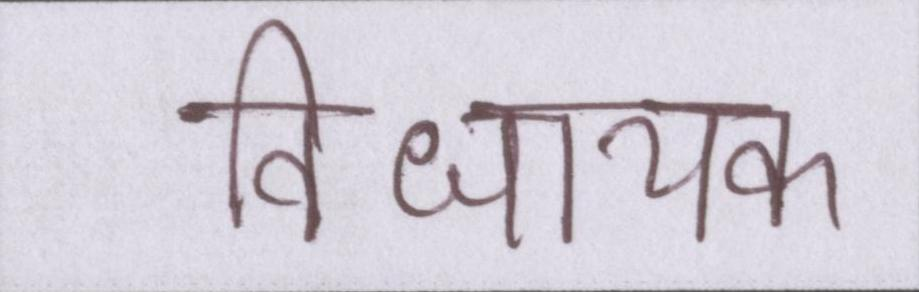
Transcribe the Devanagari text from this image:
विधायक